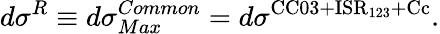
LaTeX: d\sigma^{R}\equiv d\sigma_{Max}^{Common}=d\sigma^{\mathrm{CC03+ISR_{123}+Cc}}.